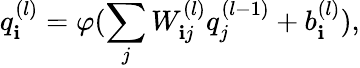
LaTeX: {q}_{\mathbf{i}}^{(l)}=\varphi(\sum_{j}{W}_{\mathbf{i}j}^{(l)}{q}_{j}^{(l-1)}+b_{\mathbf{i}}^{(l)}),